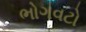
ભોગવટો